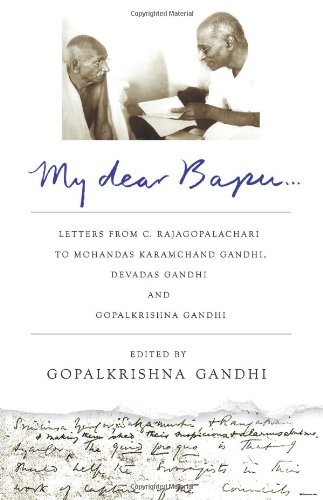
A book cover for My Dear Bapu: Letters from C. Rajagopalachari to Mohandas Karamchand Gandhi, to Devadas; Gopalkrishna Gandhi; Religion & Spirituality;